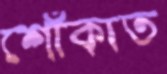
শোঁকাত